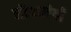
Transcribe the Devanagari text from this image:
नौअन्वेषी